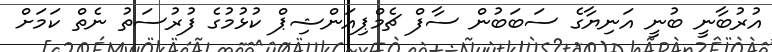
އުރުބާނީ ބުނީ އަނިޔާގެ ސަބަބުން ސާފް ޗެމްޕިއަންޝިޕް ކުޅުމުގެ ފުރުސަތު ނެތް ކަމަށް